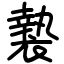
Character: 褺